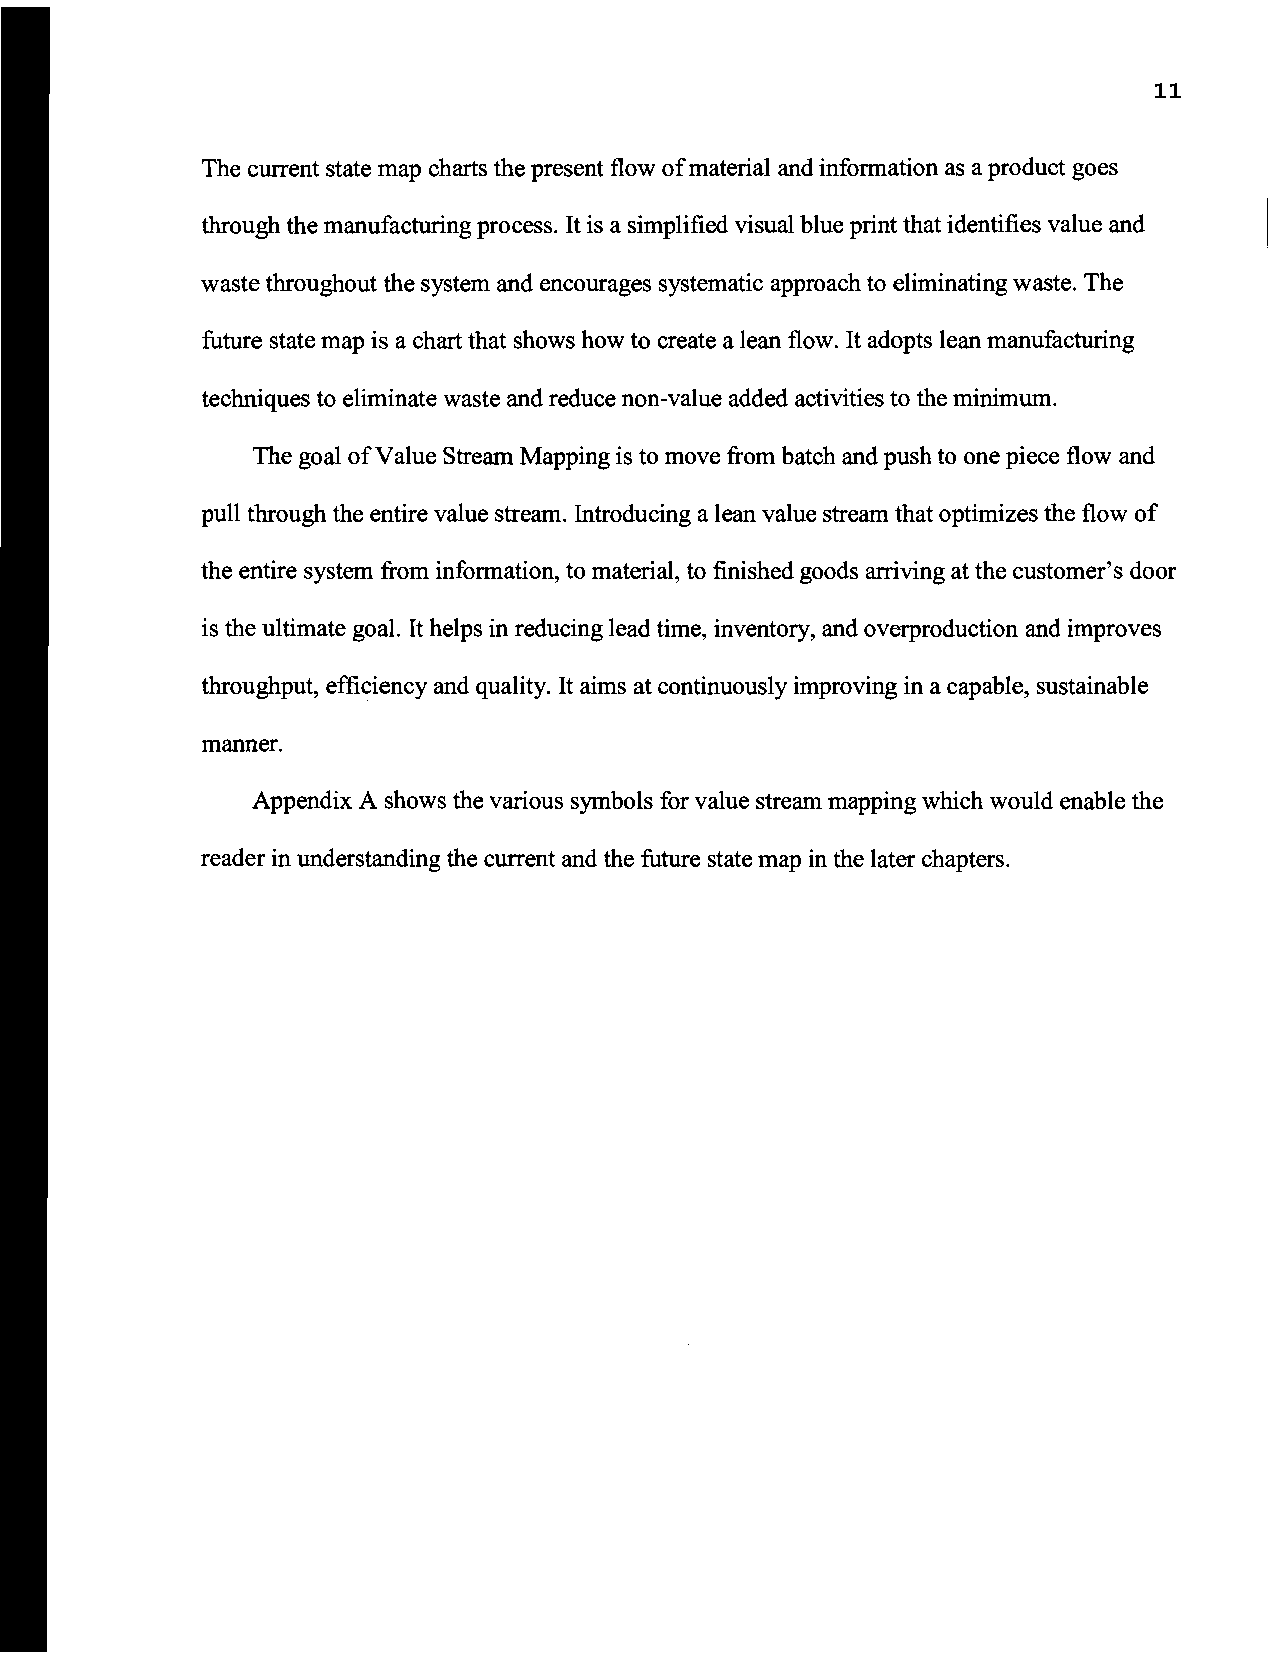
11
 The current state map charts the present flow ofmaterial and information as a product goes
 through the manufacturing process. It is a simplified visual blue print that identifies value and
 waste throughout the system and encourages systematic approach to eliminating waste. The
 future state map is a chart that shows how to create a lean flow. It adopts lean manufacturing
 techniques to eliminate waste and reduce non-value added activities to the minimum.
 The goal ofValue Stream Mapping is to move from batch and push to one piece flow and
 pull through the entire value stream. Introducing a lean value stream that optimizes the flow of
 the entire system from information, to material, to finished goods arriving at the customer's door
 is the ultimate goal. It helps in reducing lead time, inventory, and overproduction and improves
 throughput, efficiency and quality. It aims at continuously improving in a capable, sustainable
 manner.
 Appendix A shows the various symbols for value stream mapping which would enable the
 reader in understanding the current and the future state map in the later chapters.